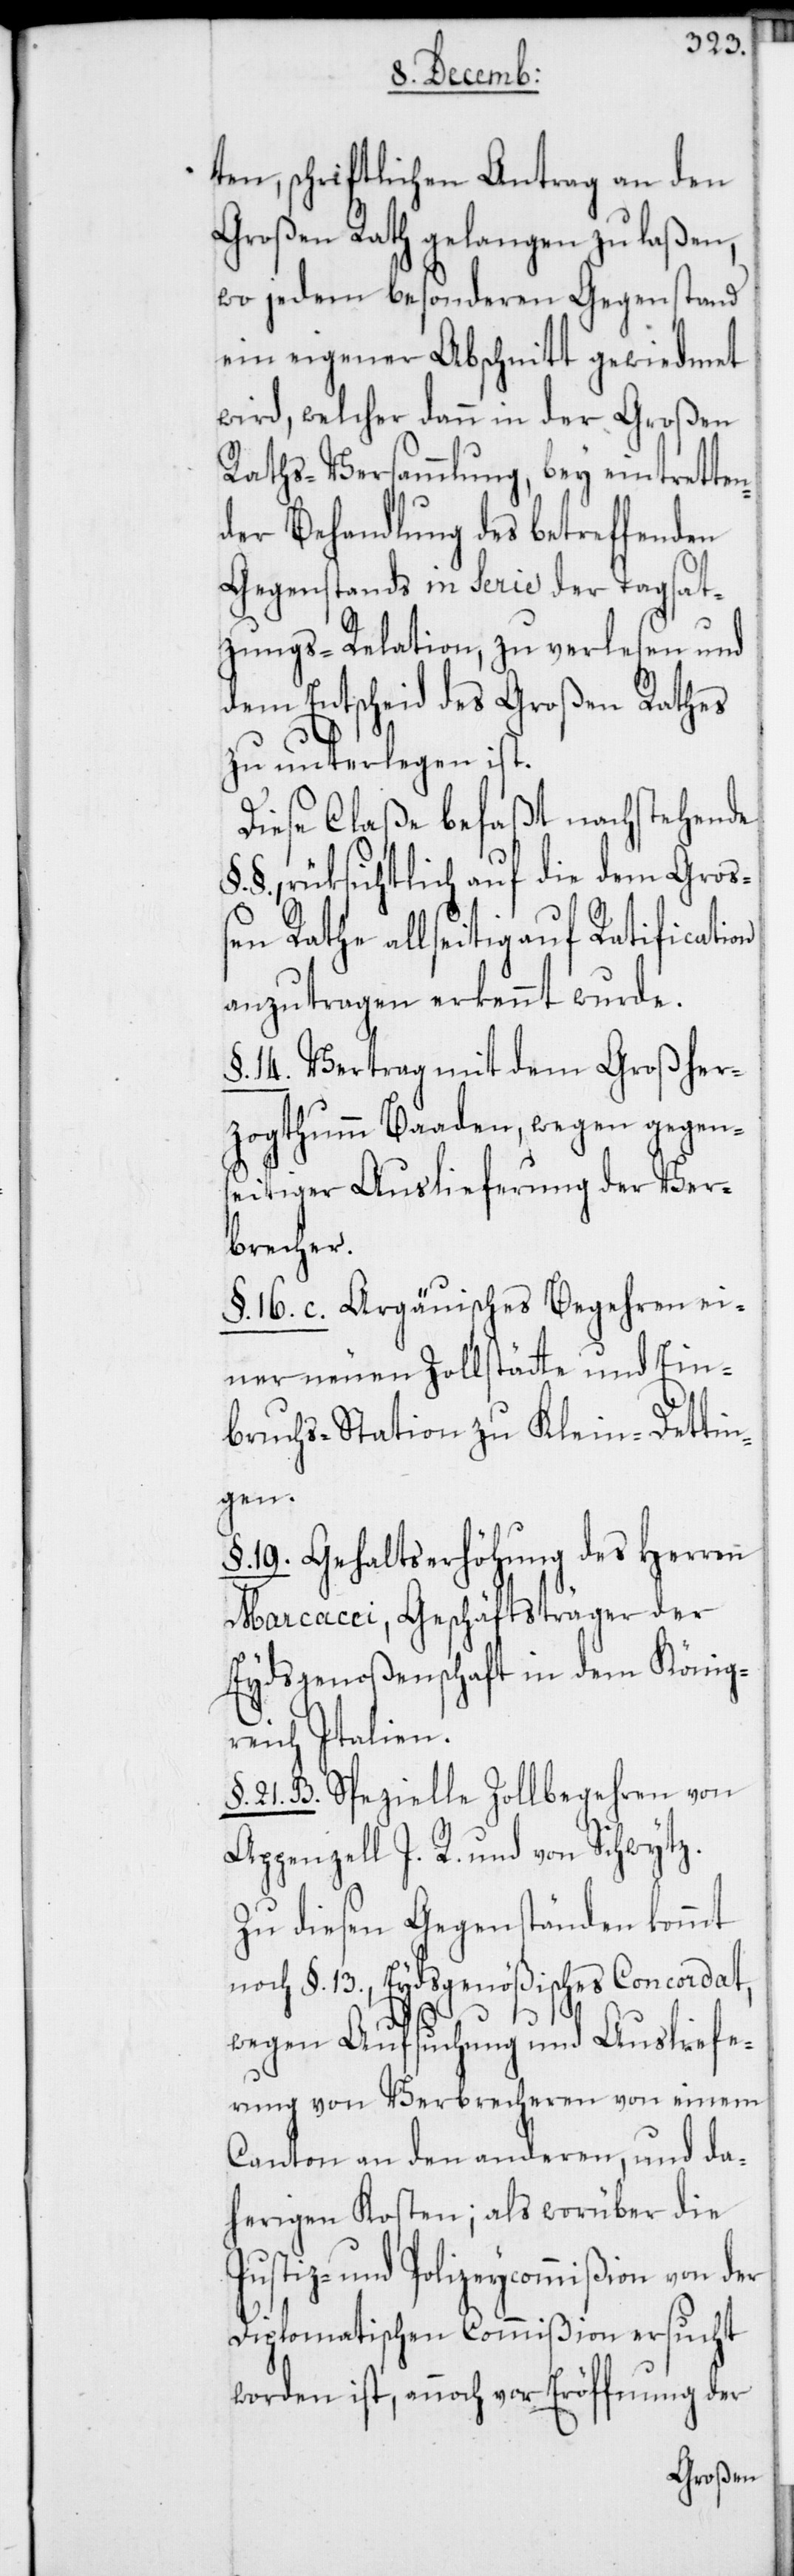
ten, schriftlichen Antrag an den
Großen Rath gelangen zu laßen,
wo jedem besonderen Gegenstand
ein eigener Abschnitt gewiedmet
wird, welcher dann in der Großen
Raths-Versammlung, bey eintretten¬
der Behandlung des betreffenden
Gegenstands in Serie der Tagsat¬
zungs-Relation, zu verlesen und
dem Entscheid des Großen Rathes
zu unterlegen ist.
Diese Claße befaßt nachstehende
§., rüksichtlich auf die dem Groß¬
en Rathe allseitig auf Ratification
anzutragen erkennt wurde.
§. 14. Vertrag mit dem Großher¬
zogthumm Baaden, wegen gegens¬
eitiger Auslieferung der Ver¬
brecher.
§. 16. c. Argäuisches Begehren ei¬
ner neuen Zollstätte und Ein¬
bruchs-Station zu Klein-Dettin¬
gen.
§. 19. Gehaltserhöhung des Herren
Marcacci, Geschäftsträger der
Eydsgenoßenschaft in dem König¬
reich Italien.
§. 21. B. Spezielle Zollbegehren von
Appenzell I. R. und von Schwytz.
Zu diesen Gegenständen kommt
noch §. 13., Eydsgenößisches Concordat,
wegen Aufsuchung und Ausliefe¬
rung von Verbrecheren von einem
Canton an den anderen, und da¬
herigen Kosten; als worüber die
Justiz- und Polizeycommißion von der
Diplomatischen Commißion ersucht
worden ist, annoch vor Eröffnung der